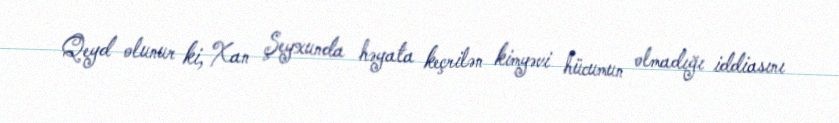
Qeyd olunur ki, Xan Şeyxunda həyata keçrilən kimyəvi hücumun olmadığı iddiasını